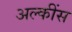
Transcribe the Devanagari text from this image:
अल्कींस